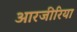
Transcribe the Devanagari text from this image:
आरजीरिया